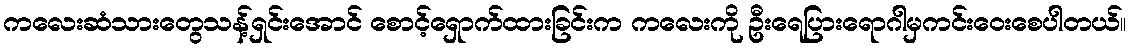
ကလေးဆံသားတွေသန့်ရှင်းအောင် စောင့်ရှောက်ထားခြင်းက ကလေးကို ဦးရေပြားရောဂါမှကင်းဝေးစေပါတယ်။